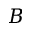
B